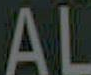
AL